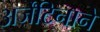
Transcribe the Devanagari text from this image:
अर्जेंटिनाने